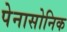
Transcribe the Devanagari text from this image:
पेनासोनिक